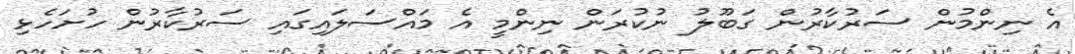
އެ ނިންމުން ސަރުކާރުން ގަބޫލު ނުކުރަން ނިންމީ އެ މައްސަލައިގައި ސަރުކާރުން ހުށަހެޅި